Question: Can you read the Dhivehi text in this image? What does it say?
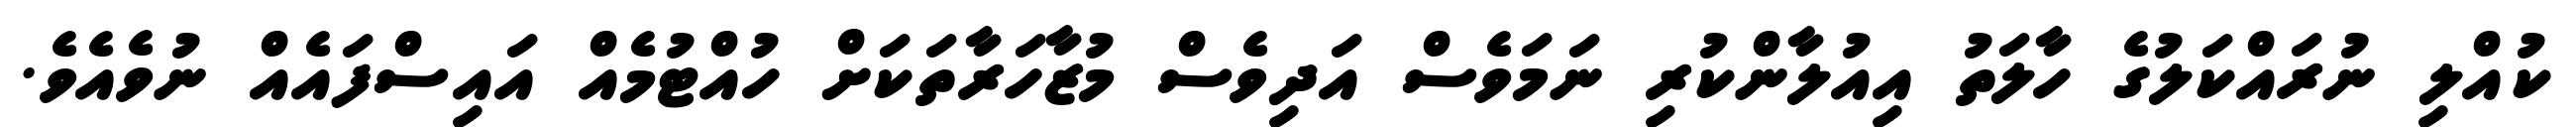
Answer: ކުއްލި ނުރައްކަލުގެ ހާލަތު އިއުލާންކުރި ނަމަވެސް އަދިވެސް މުޒާހަރާތަކަށް ހުއްޓުމެއް އައިސްފައެއް ނުވެއެވެ.